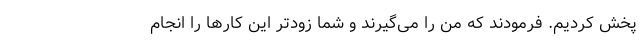
پخش کردیم. فرمودند که من را می‌گیرند و شما زودتر این کارها را انجام